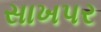
સાખપર